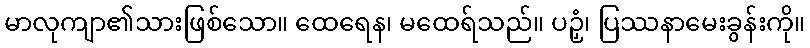
မာလုကျာ၏သားဖြစ်သော။ ထေရေန၊ မထေရ်သည်။ ပဉှံ၊ ပြဿနာမေးခွန်းကို။